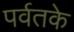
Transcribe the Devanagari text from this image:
पर्वतके